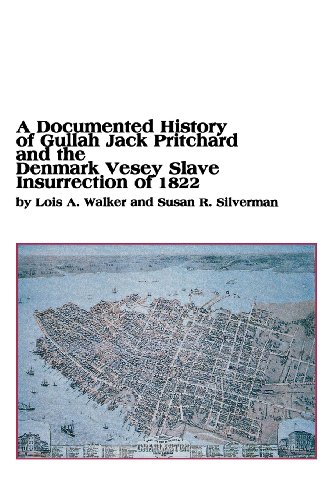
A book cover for A Documented History of Gullah Jack Pritchard and the Denmark Vesey Slave Insurrection of 1822; Lois a. Walker; History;